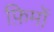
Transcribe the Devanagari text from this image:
फ़िमों